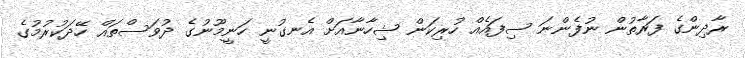
ރާދިންގެ ފަރާތުން ނުފެންނަ ސިފައެއް ހުރިކަން ޝިހާނާއަށް އެނގުނީ ހަނީމޫނުގެ ދުވަސްތައް ހޭދަކުރުމުގެ